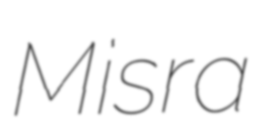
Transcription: Misra